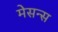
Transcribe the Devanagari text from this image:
मेसन्स